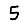
Digit: 5